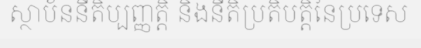
ស្ថាប័ននីតិប្បញ្ញត្តិ និងនីតិប្រតិបត្តិនៃប្រទេស